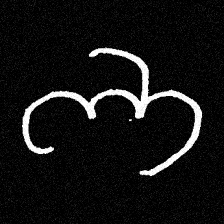
Pyu character \u2014 Myanmar letter: ဘ (romanized: bha)